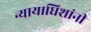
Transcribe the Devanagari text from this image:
न्यायाधिशांनी